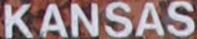
KANSAS